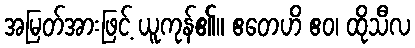
အမြတ်အားဖြင့် ယူကုန်၏။ ဧတေဟိ ဧဝ၊ ထိုသီလ